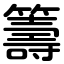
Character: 籌